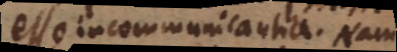
esse incommunicantia. Nam